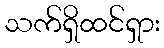
သက်ရှိထင်ရှား